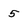
Character: 5